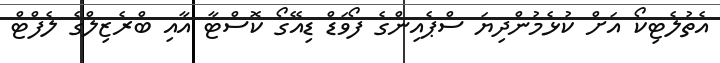
އެތުލެޓިކޯ އަށް ކުޅެމުންދިޔަ ސްޕެއިންގެ ފޯވަޑް ޑިއޭގޯ ކޮސްޓާ އާއި ބްރެޒިލްގެ ލެފްޓް